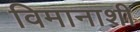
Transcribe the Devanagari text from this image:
विमानाशी